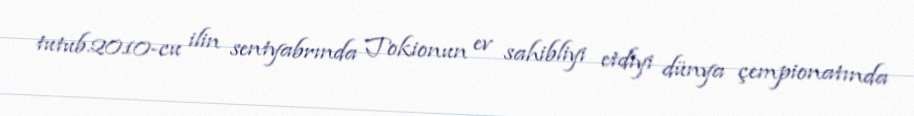
tutub.2010-cu ilin sentyabrında Tokionun ev sahibliyi etdiyi dünya çempionatında